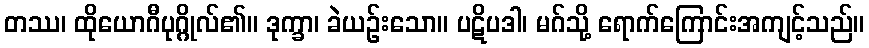
တဿ၊ ထိုယောဂီပုဂ္ဂိုလ်၏။ ဒုက္ခာ၊ ခဲယဉ်းသော။ ပဋိပဒါ၊ မဂ်သို့ ရောက်ကြောင်းအကျင့်သည်။